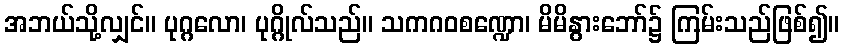
အဘယ်သို့လျှင်။ ပုဂ္ဂလော၊ ပုဂ္ဂိုလ်သည်။ သကဂဝစဏ္ဍော၊ မိမိနွားဘော်၌ ကြမ်းသည်ဖြစ်၍။